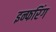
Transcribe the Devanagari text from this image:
इन्फरिंग